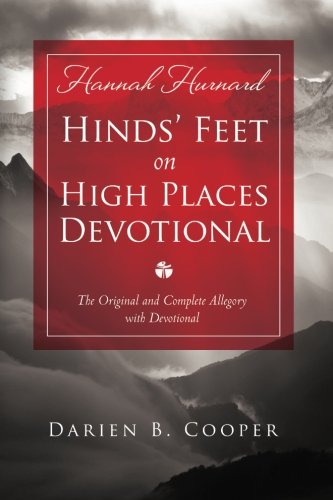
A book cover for Hinds' Feet on High Places: The Original and Complete Allegory with a Devotional for Women; Hannah Hurnard; Christian Books & Bibles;